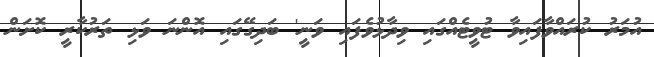
އުމަރު ކުރައްވާފައިވާ ޓުވީޓެއްގައި ވިދާޅުވެފައި ވަނީ' ބަދިގޭގައި އޮންނަ ވަޅި ތަރުކާރީ ކޮށަން